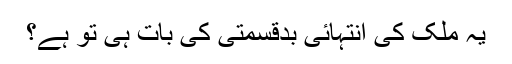
یہ ملک کی انتہائی بدقسمتی کی بات ہی تو ہے؟